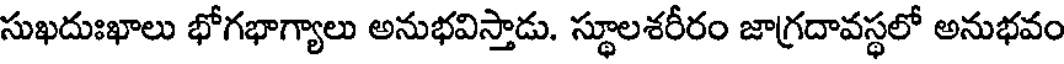
సుఖదుఃఖాలు భోగభాగ్యాలు అనుభవిస్తాడు. స్థూలశరీరం జాగ్రదావస్థలో అనుభవం